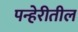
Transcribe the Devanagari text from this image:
पन्हेरीतील